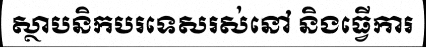
ស្ថាបនិកបរទេសរស់នៅ និងធ្វើការ